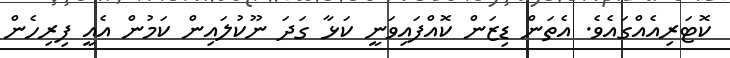
ކޮޓަރިއެއްގައެވެ. އެތަން ޑިޒަން ކޮއްފައިވަނީ ކަޅާ ގަދަ ނޫކުލައިން ކަމުން އެއީ ފިރިހެން